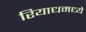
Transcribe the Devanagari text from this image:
रियाधमध्ये